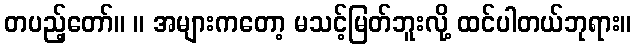
တပည့်တော်။ ။ အများကတော့ မသင့်မြတ်ဘူးလို့ ထင်ပါတယ်ဘုရား။